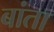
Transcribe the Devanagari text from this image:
बांता